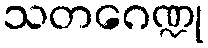
သတဂေဏ္ဍု